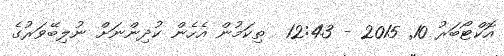
އޮކްޓޯބަރު 10